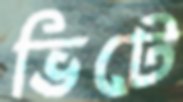
ভিটে